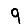
Digit: 9